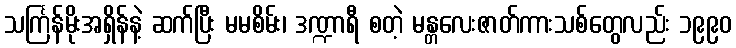
သင်္ကြန်မိုးအရှိန်နဲ့ ဆက်ပြီး မမစိမ်း၊ ဒဏ္ဍာရီ စတဲ့ မန္တလေးဇာတ်ကားသစ်တွေလည်း ၁၉၉၀